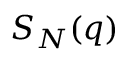
S _ { N } ( q )